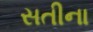
સતીના